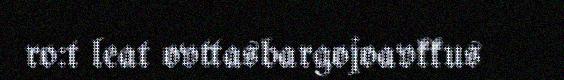
ro:t leat ovttasbargojoavkkus